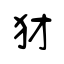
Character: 犲